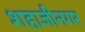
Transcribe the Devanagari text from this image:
शहाजीनगर